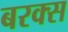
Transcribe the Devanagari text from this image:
बरक्‍स